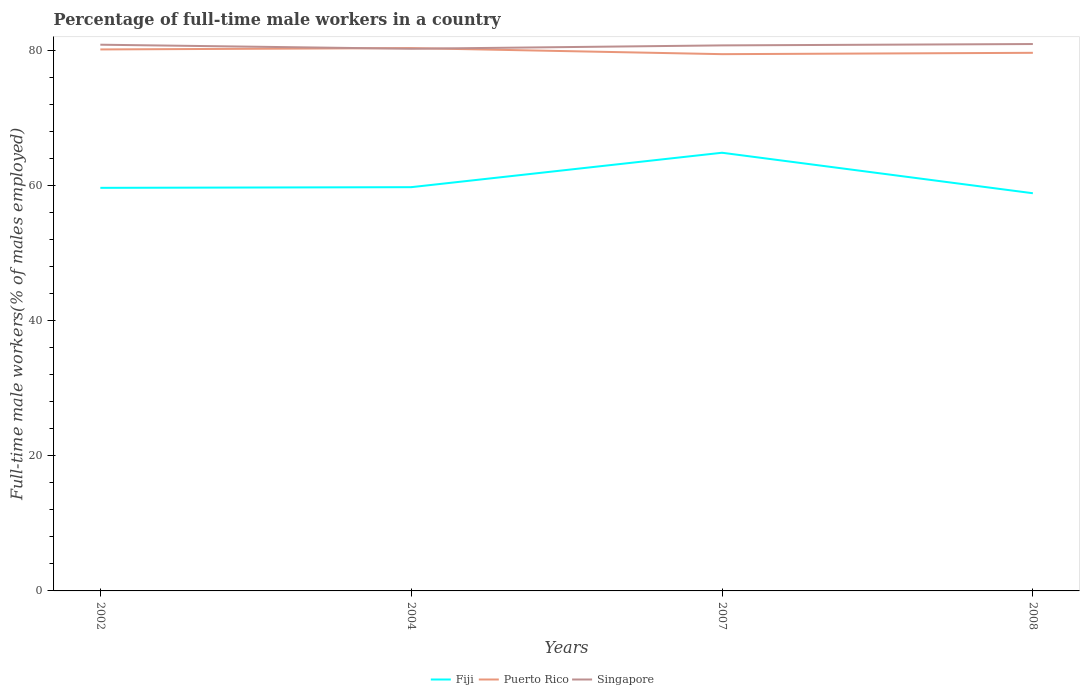
| Years | Fiji | Puerto Rico | Singapore |
 | --- | --- | --- | --- |
 | 2002 | 59.7 | 80.2 | 80.9 |
 | 2004 | 59.8 | 80.4 | 80.3 |
 | 2007 | 64.9 | 79.5 | 80.8 |
 | 2008 | 58.9 | 79.7 | 81 |